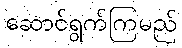
ဆောင်ရွက်ကြမည်